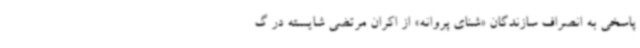
پاسخی به انصراف سازندگان «شنای پروانه» از اکران مرتضی شایسته در گ